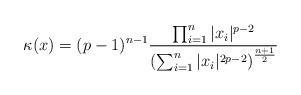
LaTeX: \begin{align*}\kappa(x)=(p-1)^{n-1}\frac{\prod_{i=1}^n |x_i|^{p-2}}{\left(\sum_{i=1}^n |x_i|^{2p-2}\right)^{\frac{n+1}{2}}}\end{align*}